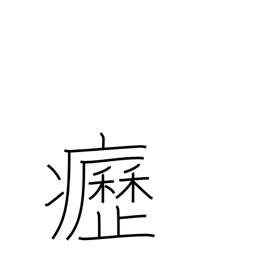
Meaning: swollen neck glands